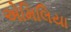
એમિલિયા